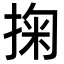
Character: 掬